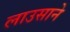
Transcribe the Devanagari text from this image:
लाउसाने